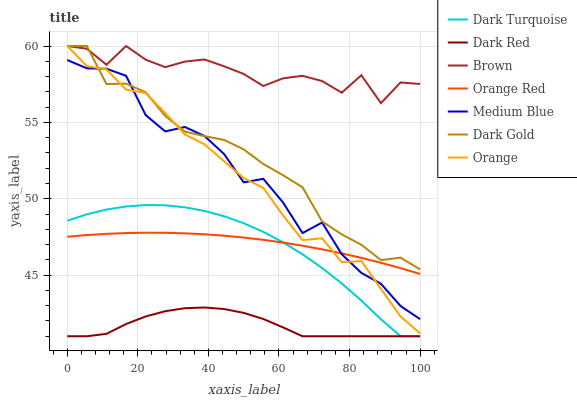
| xaxis_label | Dark Turquoise | Dark Red | Brown | Orange Red | Medium Blue | Dark Gold | Orange |
 | --- | --- | --- | --- | --- | --- | --- | --- |
 | 0 | 48.6 | 41 | 60 | 47.5 | 59.1 | 60 | 60 |
 | 5.56 | 49 | 41 | 59.8 | 47.6 | 58.5 | 60 | 58.7 |
 | 11.1 | 49.3 | 41.2 | 58.8 | 47.7 | 58.5 | 57.5 | 58.5 |
 | 16.7 | 49.5 | 41.8 | 60 | 47.8 | 58.1 | 57.5 | 57.1 |
 | 22.2 | 49.6 | 42.3 | 59.1 | 47.8 | 55.5 | 57 | 56.9 |
 | 27.8 | 49.6 | 42.6 | 58.6 | 47.8 | 54.4 | 55.4 | 55.6 |
 | 33.3 | 49.4 | 42.8 | 59 | 47.7 | 54.7 | 54.4 | 54.2 |
 | 38.9 | 49.2 | 42.9 | 59.1 | 47.7 | 54.1 | 54.1 | 53.6 |
 | 44.4 | 48.9 | 42.8 | 58.7 | 47.6 | 52.9 | 53.9 | 52.5 |
 | 50 | 48.4 | 42.5 | 58.2 | 47.5 | 51.1 | 53.2 | 51.4 |
 | 55.6 | 47.8 | 42.1 | 57.4 | 47.3 | 51.3 | 52.3 | 50.7 |
 | 61.1 | 47.2 | 41.6 | 57.9 | 47.1 | 49.8 | 51.5 | 48.9 |
 | 66.7 | 46.4 | 41 | 58.1 | 46.9 | 47.8 | 50.8 | 47.3 |
 | 72.2 | 45.5 | 41 | 57.7 | 46.7 | 48.4 | 48.5 | 47.4 |
 | 77.8 | 44.5 | 41 | 56.9 | 46.4 | 46.4 | 47.7 | 45.8 |
 | 83.3 | 43.3 | 41 | 58.1 | 46.1 | 45.1 | 47 | 45.9 |
 | 88.9 | 42.1 | 41 | 56.3 | 45.8 | 44.4 | 46 | 44.1 |
 | 94.4 | 41 | 41 | 57.6 | 45.5 | 43 | 46.1 | 42.3 |
 | 100 | 41 | 41 | 57.5 | 45.1 | 42.1 | 45.4 | 41.2 |